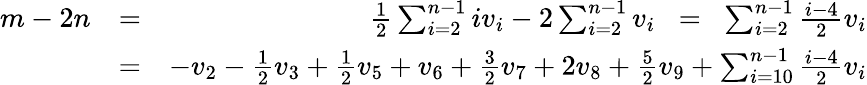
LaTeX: \begin{array}{rlr}{m-2n}&{=}&{\frac 12\sum_{i=2}^{n-1}iv_{i}-2\sum_{i=2}^{n-1}v_{i}\; \; =\; \; \sum_{i=2}^{n-1}\frac{i-4}{2}v_{i}}\\ &{=}&{-v_{2}-\frac 12v_{3}+\frac 12v_{5}+v_{6}+\frac 32v_{7}+2v_{8}+\frac 52v_{9}+\sum_{i=10}^{n-1}\frac{i-4}{2}v_{i}}\end{array}